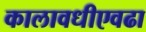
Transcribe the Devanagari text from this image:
कालावधीएवढा